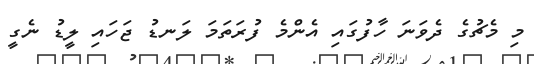
މި މެޗުގެ ދެވަނަ ހާފުގައި އެންމެ ފުރަތަމަ ލަނޑު ޖަހައި ލީޑު ނެގީ